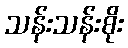
သန်းသန်းစိုး